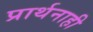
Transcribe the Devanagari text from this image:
प्रार्थनाही